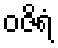
ဝဇိရံ